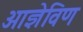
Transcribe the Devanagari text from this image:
आज्ञेविण